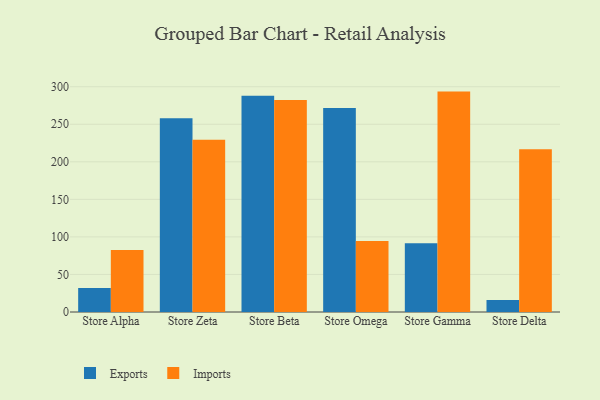
{"axis": {"x": "Store", "y": "Demand Index"}, "legend": ["Exports", "Imports"], "data": [{"x": "Store Alpha", "y": 32.1, "type": "Exports"}, {"x": "Store Alpha", "y": 82.7, "type": "Imports"}, {"x": "Store Zeta", "y": 258.1, "type": "Exports"}, {"x": "Store Zeta", "y": 229.5, "type": "Imports"}, {"x": "Store Beta", "y": 287.9, "type": "Exports"}, {"x": "Store Beta", "y": 282.4, "type": "Imports"}, {"x": "Store Omega", "y": 271.6, "type": "Exports"}, {"x": "Store Omega", "y": 94.5, "type": "Imports"}, {"x": "Store Gamma", "y": 91.7, "type": "Exports"}, {"x": "Store Gamma", "y": 293.5, "type": "Imports"}, {"x": "Store Delta", "y": 16.0, "type": "Exports"}, {"x": "Store Delta", "y": 216.8, "type": "Imports"}]}